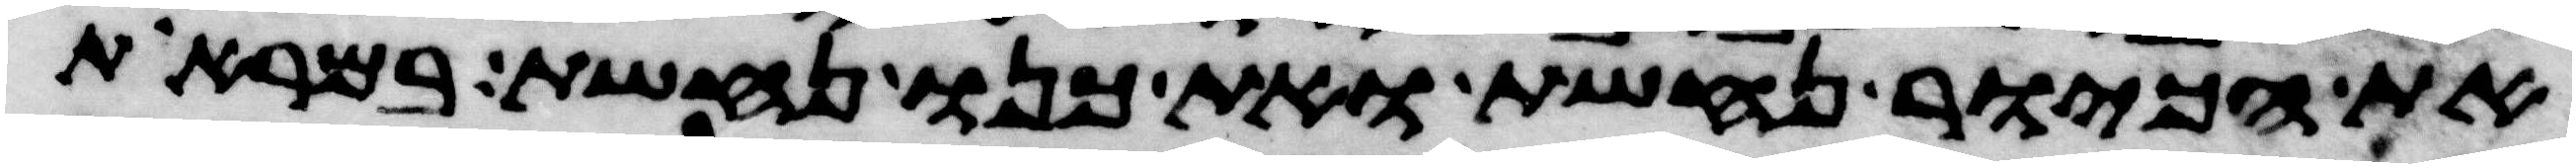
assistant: את הכיור נחשת ואת כנו נחשת במראות